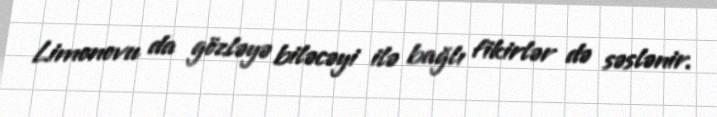
Limonovu da gözləyə biləcəyi ilə bağlı fikirlər də səslənir.